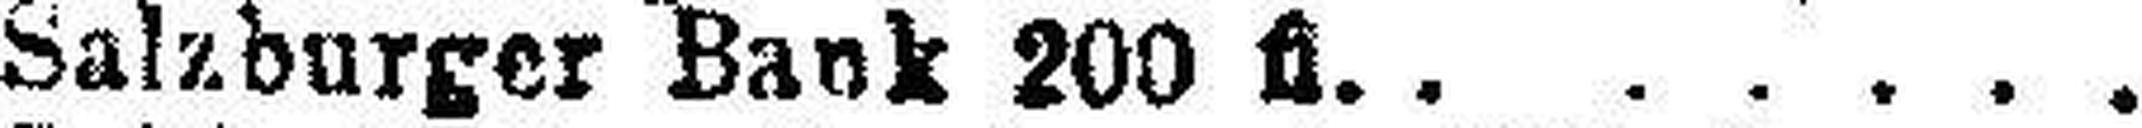
Salzburger Bank 200 fl.